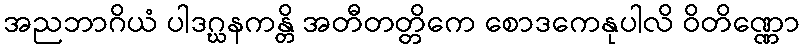
အညဘာဂိယံ ပါဒဂ္ဃနကန္တိ အတီတတ္တိကေ စောဒကေနုပါလိ ဝိတိဏ္ဏော